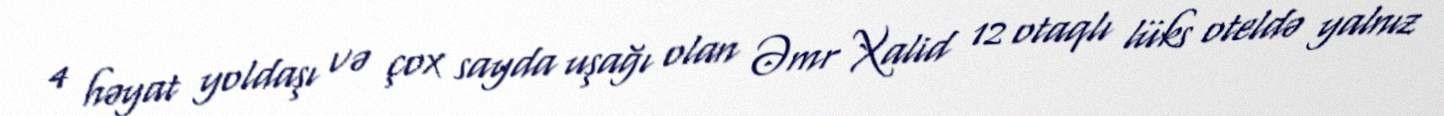
4 həyat yoldaşı və çox sayda uşağı olan Əmr Xalid 12 otaqlı lüks oteldə yalnız